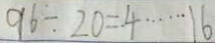
9 6 \div 2 0 = 4 \cdots 1 6